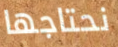
نحتاجها